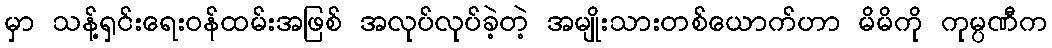
မှာ သန့်ရှင်းရေးဝန်ထမ်းအဖြစ် အလုပ်လုပ်ခဲ့တဲ့ အမျိုးသားတစ်ယောက်ဟာ မိမိကို ကုမ္ပဏီက